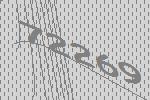
72269